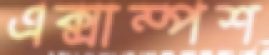
এক্সাম্পশ